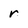
Character: r